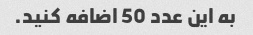
به این عدد 50 اضافه کنید.